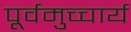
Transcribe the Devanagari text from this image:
पूर्वमुच्चार्य